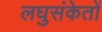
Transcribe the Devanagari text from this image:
लघुसंकेतों